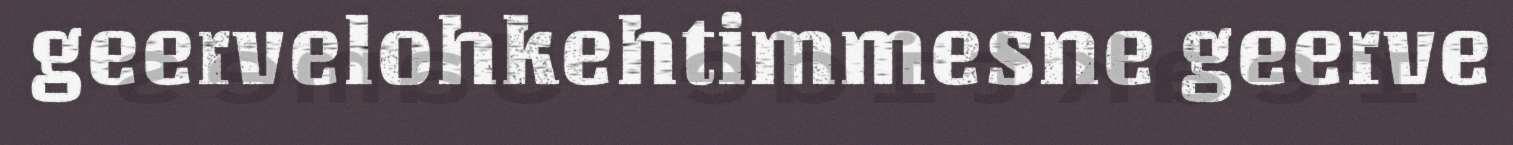
geervelohkehtimmesne geerve